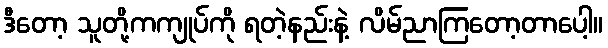
ဒီတော့ သူတို့ကကျုပ်ကို ရတဲ့နည်းနဲ့ လိမ်ညာကြတော့တာပေါ့။